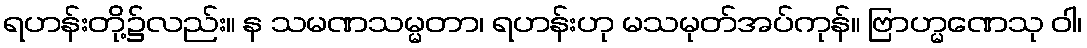
ရဟန်းတို့၌လည်း။ န သမဏသမ္မတာ၊ ရဟန်းဟု မသမုတ်အပ်ကုန်။ ဗြာဟ္မဏေသု ဝါ၊